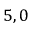
5 , 0